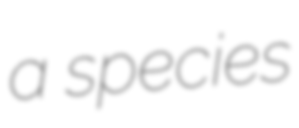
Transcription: a species